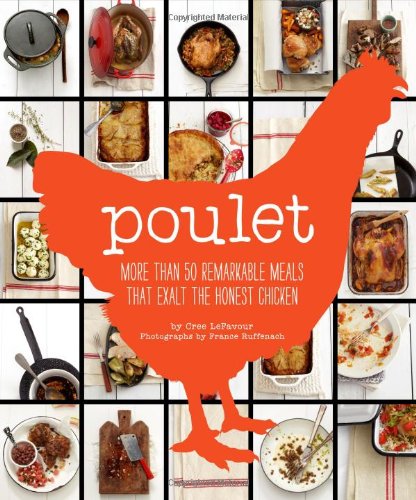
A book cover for Poulet: More Than 50 Remarkable Recipes That Exalt the Honest Chicken; Cree LeFavour; Cookbooks, Food & Wine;